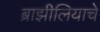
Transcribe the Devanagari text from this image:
ब्राझीलियाचे